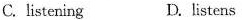
C. listening D. listens